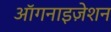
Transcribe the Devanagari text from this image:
ऑगनाइज़ेशन